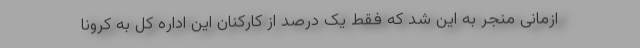
ازمانی منجر به این شد که فقط یک درصد از کارکنان این اداره کل به کرونا